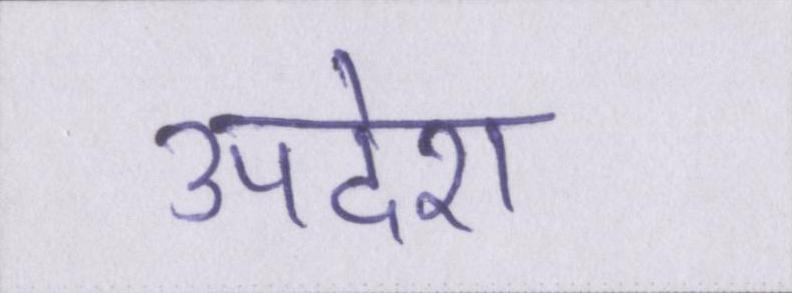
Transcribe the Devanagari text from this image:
उपदेश